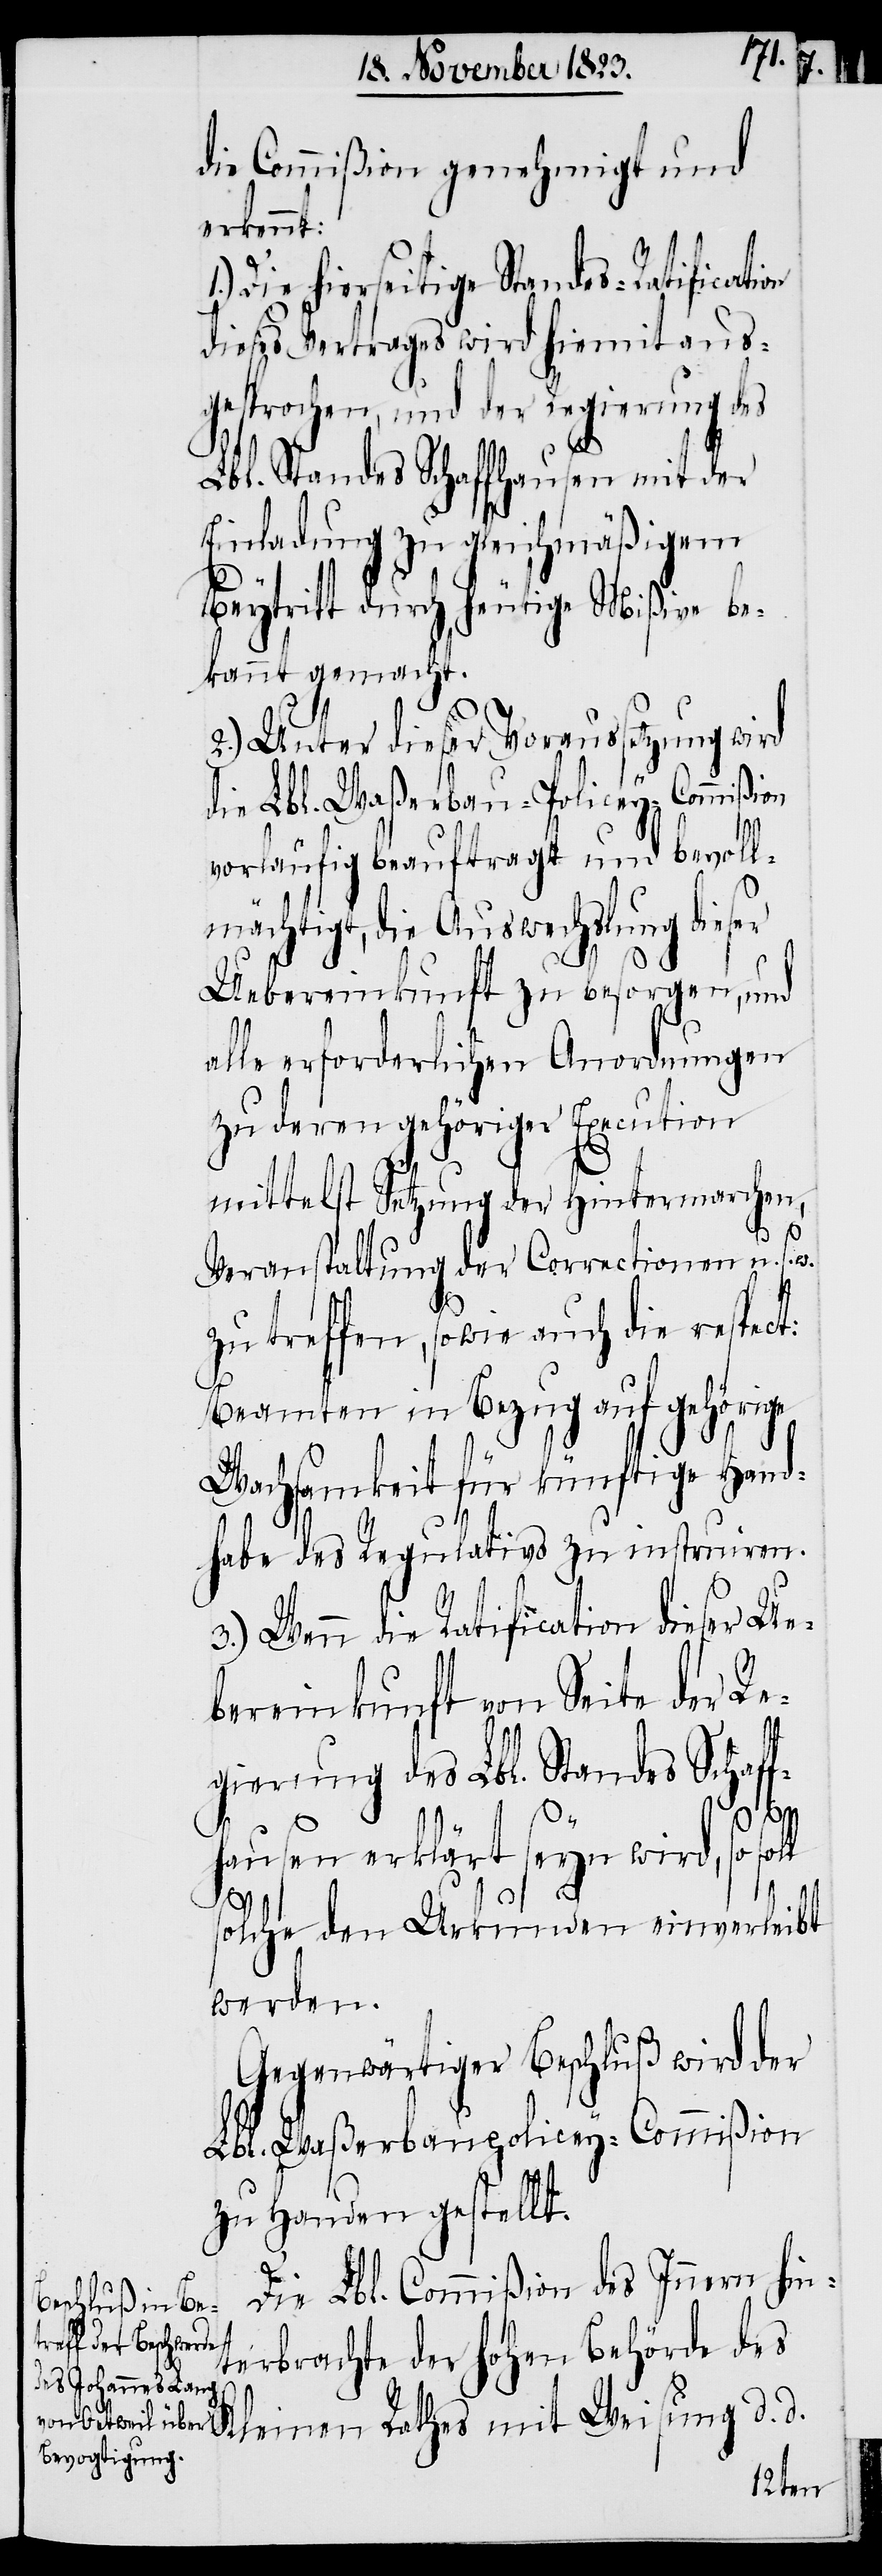
die Commißion genehmigt und
erkennt:
Die hierseitige Standes-Ratification
dieses Vertrages wird hiemit aus¬
gesprochen, und der Regierung des
Lbl. Standes Schaffhausen mit der
Einladung zu gleichmäßigem
Beytritt durch heutige Mißive be¬
kannt gemacht.
2.) Unter dieser Voraussetzung wird
die Lbl. Waßerbau-Policey-Commißion
1.)
vorläufig beauftragt und bevoll¬
mächtigt, die Auswechslung dieser
Uebereinkunft zu besorgen, und
alle erforderlichen Anordnungen
zu deren gehöriger Execution
mittelst Setzung der Hintermarchen,
so
w.
Veranstaltung der Correctionen u.
zu treffen, sowie auch die respect:
Beamten in Bezug auf gehörige
Wachsamkeit für künftige Hand¬
habe des Regulativs zu instruiren.
3.) Wenn die Ratification dieser Ue¬
bereinkunft von Seite der Re¬
gierung des Lbl. Standes Schaff¬
soll
hausen erklärt seyn wird,
solche den Urkunden einverleibt
werden.
Gegenwärtiger Beschluß wird der
Lbl. Waßerbaupolicey-Commißion
zu Handen gestellt.
Die Lbl. Commißion des Innern hin¬
terbrachte der hohen Behörde des
Kleinen Rathes mit Weisung d. d.